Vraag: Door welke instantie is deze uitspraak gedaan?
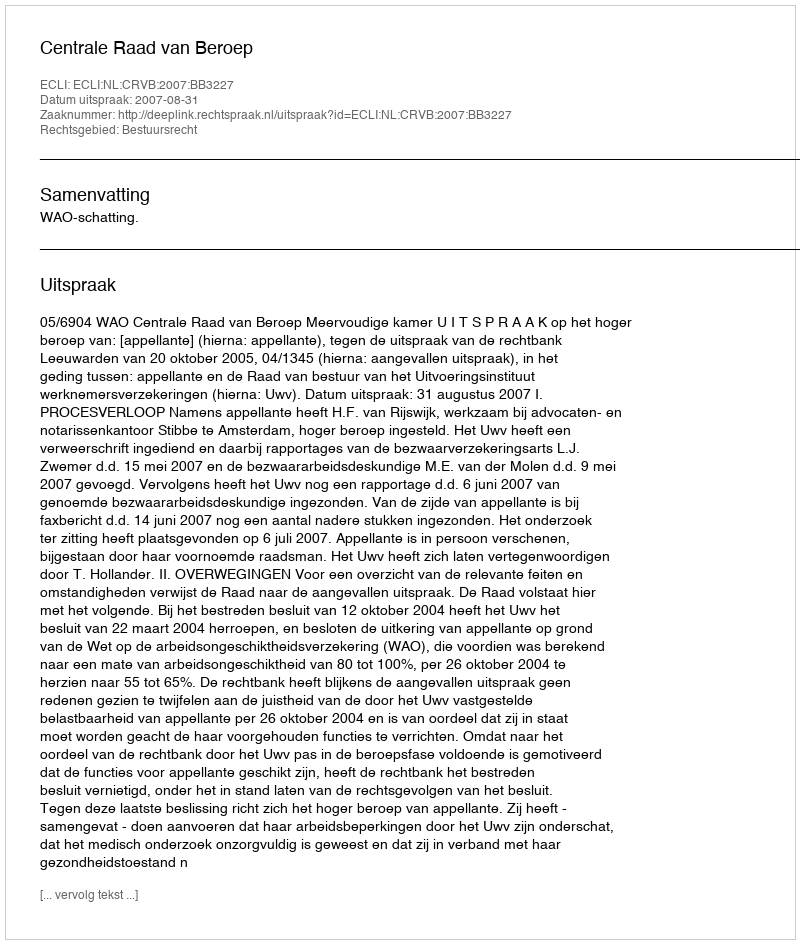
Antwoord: Centrale Raad van Beroep